Physiological action of certain drugs in tablet form - Number 52A
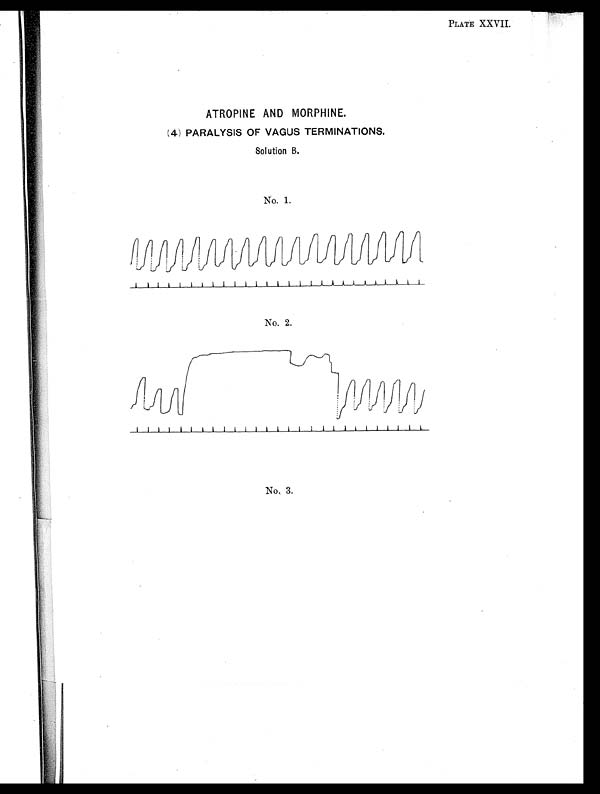
PLATE XXVII.
ATROPINE AND MORPHINE.
(4) PARALYSIS OF VAGUS TERMINATIONS.
Solution B.
No. 1.
No. 2.
No. 3.